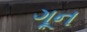
ગૂન